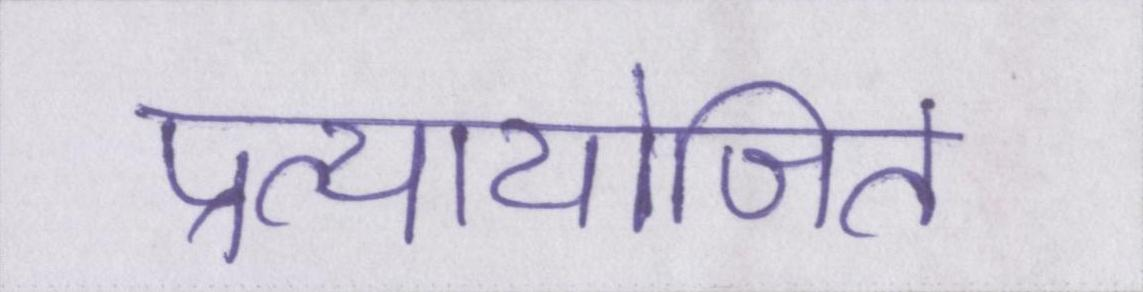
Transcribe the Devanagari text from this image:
प्रत्यायोजित